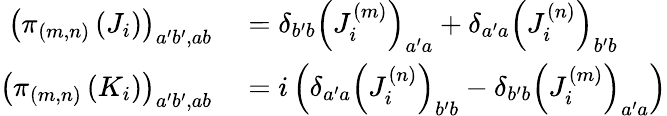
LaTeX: \begin{array}{rl}{\left(\pi_{(m,n)}\left(J_{i}\right)\right)_{a^{\prime}b^{\prime},ab}}&{{}=\delta_{b^{\prime}b}\left(J_{i}^{(m)}\right)_{a^{\prime}a}+\delta_{a^{\prime}a}\left(J_{i}^{(n)}\right)_{b^{\prime}b}}\\ {\left(\pi_{(m,n)}\left(K_{i}\right)\right)_{a^{\prime}b^{\prime},ab}}&{{}=i\left(\delta_{a^{\prime}a}\left(J_{i}^{(n)}\right)_{b^{\prime}b}-\delta_{b^{\prime}b}\left(J_{i}^{(m)}\right)_{a^{\prime}a}\right)}\end{array}